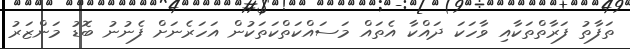
ތަފާތު ފަރާތްތަކާއި ވާހަކަ ދައްކާ އެތައް މަސައްކަތްކަތަކުން އަހަރެނަށް ފެނުނު ބޮޑު މަންޒަރު